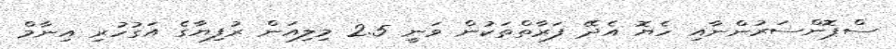
ސްޕޮންސަރުންނާއި ހެޔޮ އެދޭ ފަރާތްތަކުން ވަނީ 2.5 މިލިއަން ރުފިޔާގެ އަގުހުރި އިނާމް